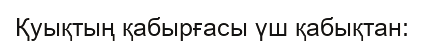
Қуықтың қабырғасы үш қабықтан: